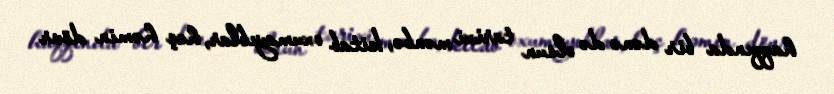
haqqında bir dənə də olsun tarixi mənbə, kitab oxumayıblar, heç həmin dövr